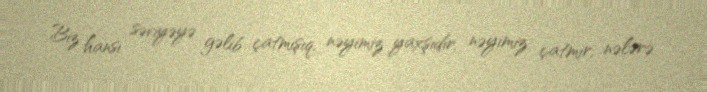
Biz hansı səviyəyə gəlib çatmışıq, nəyimiz yaxşıdır, nəyimiz çatmır, nələrə